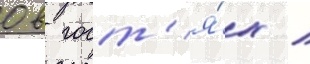
0 в гост'я́х /